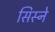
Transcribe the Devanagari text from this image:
सिस्ने